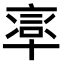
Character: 𠦸